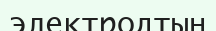
электродтың